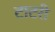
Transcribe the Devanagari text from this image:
टाटरी